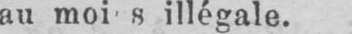
au moi s illégale.